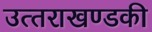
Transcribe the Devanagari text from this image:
उत्‍तराखण्‍डकी